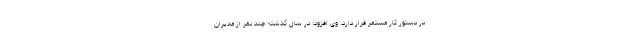
در دستور کار مستمر قرار دارد. وی افزود: در سال گذشته چند نفر از مدیران